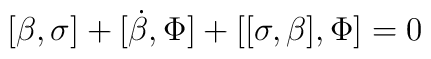
[\beta,\sigma] + [\dot{\beta},\Phi] + [[\sigma,\beta],\Phi] =0